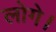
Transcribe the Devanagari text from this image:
लोगे।